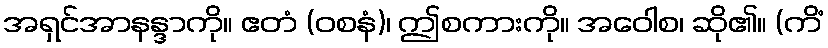
အရှင်အာနန္ဒာကို။ ဧတံ (ဝစနံ)၊ ဤစကားကို။ အဝေါစ၊ ဆို၏။ (ကိံ